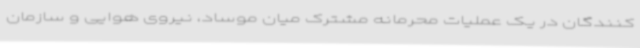
کنندگان در یک عملیات محرمانه مشترک میان موساد، نیروی هوایی و سازمان